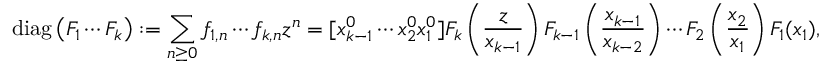
\operatorname { d i a g } \left( F _ { 1 } \cdots F _ { k } \right) : = \sum _ { n \geq 0 } f _ { 1 , n } \cdots f _ { k , n } z ^ { n } = [ x _ { k - 1 } ^ { 0 } \cdots x _ { 2 } ^ { 0 } x _ { 1 } ^ { 0 } ] F _ { k } \left( { \frac { z } { x _ { k - 1 } } } \right) F _ { k - 1 } \left( { \frac { x _ { k - 1 } } { x _ { k - 2 } } } \right) \cdots F _ { 2 } \left( { \frac { x _ { 2 } } { x _ { 1 } } } \right) F _ { 1 } ( x _ { 1 } ) ,